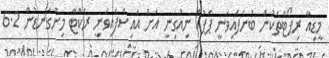
މީޑިއާ ރިޕޯޓްތަކުން ބުނެފައިވަނީ ޕަޕުއާ ނިއުގިނީ އަށް އައިސްފައިވަނީ ރެކްޓާ މިންގަނޑުން 6.2